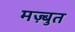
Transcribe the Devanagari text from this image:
मज़्बुत